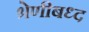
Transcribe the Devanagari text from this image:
श्रेणीबध्द